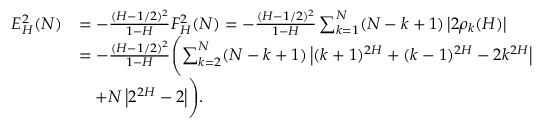
\begin{array} { r l } { E _ { H } ^ { 2 } ( N ) } & { = - \frac { ( H - 1 / 2 ) ^ { 2 } } { 1 - H } F _ { H } ^ { 2 } ( N ) = - \frac { ( H - 1 / 2 ) ^ { 2 } } { 1 - H } \sum _ { k = 1 } ^ { N } ( N - k + 1 ) \left\lvert 2 \rho _ { k } ( H ) \right\rvert } \\ & { = - \frac { ( H - 1 / 2 ) ^ { 2 } } { 1 - H } \Biggl ( \sum _ { k = 2 } ^ { N } ( N - k + 1 ) \left\lvert ( k + 1 ) ^ { 2 H } + ( k - 1 ) ^ { 2 H } - 2 k ^ { 2 H } \right\rvert } \\ & { \quad + N \left\lvert 2 ^ { 2 H } - 2 \right\rvert \Biggr ) . } \end{array}